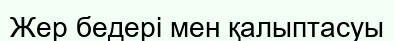
Жер бедері мен қалыптасуы